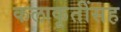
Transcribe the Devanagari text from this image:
कलाकृतींसह